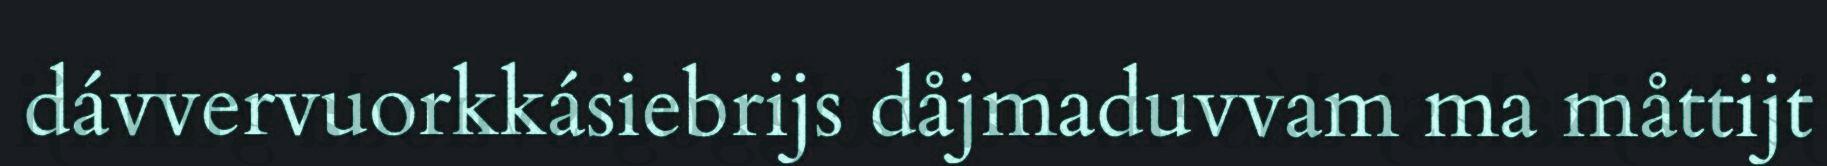
dávvervuorkkásiebrijs dåjmaduvvam ma måttijt